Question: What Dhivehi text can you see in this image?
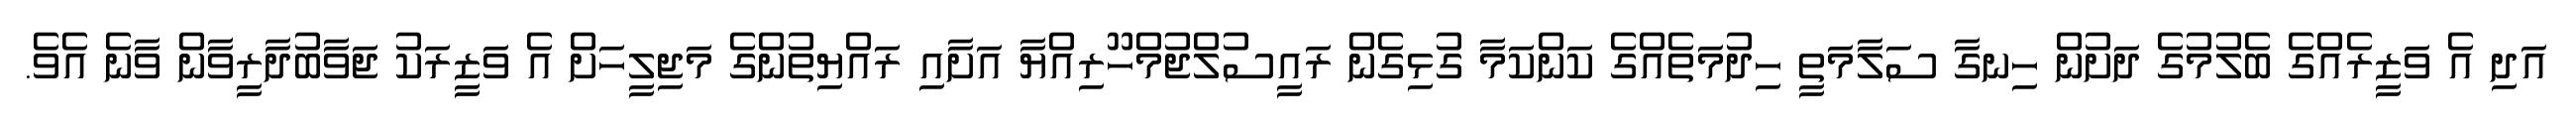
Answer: އަދި އެ ވަޒީރެއްގެ ބެލުމުގެ ދަށުން ހިނގާ ސަލާމަތީ ހިދުމަތެއްގެ ކަންކަމާ ގުޅިގެން ރައީސުލްޖުމްހޫރިއްޔާ އަށާއި ރައްޔިތުންގެ މަޖިލީހަށް އެ ވަޒީރަކު ޖަވާބުދާރީވާން ވާނެ އެވެ.